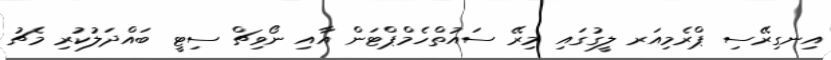
އިނގިރޭސި ޕްރެމިއަރ ލީގުގައި މިރޭ ސައުތްހެމްޕްޓަން އާއި ނޯވިޗް ސިޓީ ބައްދަލުކުރި މެޗު